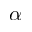
\boldsymbol { \alpha }